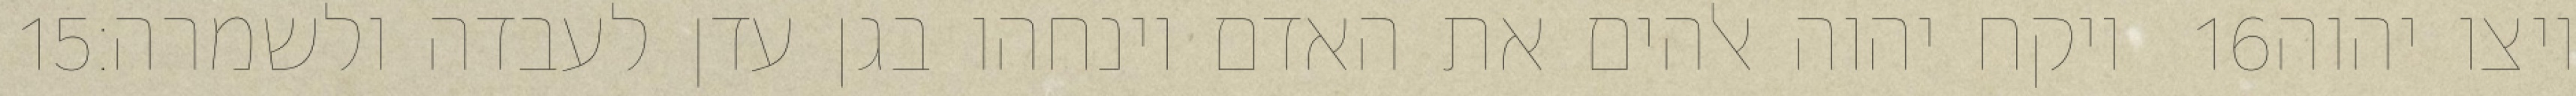
‎15‏ ויקח יהוה אלהים את האדם וינחהו בגן עדן לעבדה ולשמרה׃ ‎16‏ ויצו יהוה